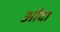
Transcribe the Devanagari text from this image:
औदा